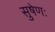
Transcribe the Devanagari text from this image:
सुषेणः